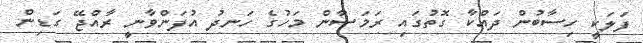
ފަލަކީ ހިސާބުން ދައްކާ ގޮތުގައި ރަމަޟާން މަހުގެ ހަނދު އުފަންވާނީ ރާއްޖޭ ގަޑިން